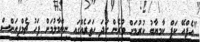
"އެފްއޭ ކަޕް ކާމިޔާބު ކުރުމަށް ވުރެން ގަދަ ހަތަރެއްގައި ނިންމާލުމަށް ފަހު ޗެމްޕިއަންސް